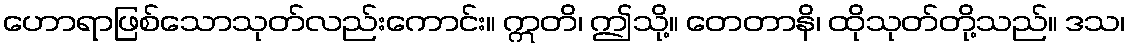
ဟောရာဖြစ်သောသုတ်လည်းကောင်း။ ဣတိ၊ ဤသို့။ တေတာနိ၊ ထိုသုတ်တို့သည်။ ဒသ၊